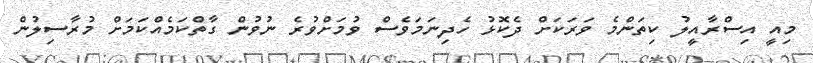
މިއީ އިސްރާއީލު ކިތަންމެ ވަރަކަށް ދެކޮޅު ހެދިނަމަވެސް ވުމަށްވުރެ ނުވުން ގާތްކަމެއްކަމަށް މުރާސިލުން